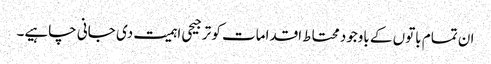
ان تمام باتوں کے باوجود محتاط اقدامات کو ترجیحی اہمیت دی جانی چاہیے۔